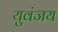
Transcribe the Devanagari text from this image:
युवंजय